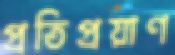
প্রতিপ্রয়াণ